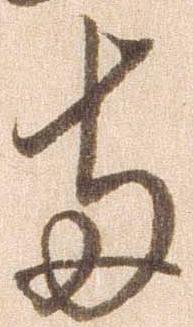
両